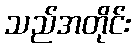
သည်အတိုင်း